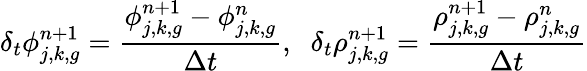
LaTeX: \delta_{t}\phi_{j,k,g}^{n+1}=\frac{\phi_{j,k,g}^{n+1}-\phi_{j,k,g}^{n}}{\Delta t},\; \; \delta_{t}\rho_{j,k,g}^{n+1}=\frac{\rho_{j,k,g}^{n+1}-\rho_{j,k,g}^{n}}{\Delta t}